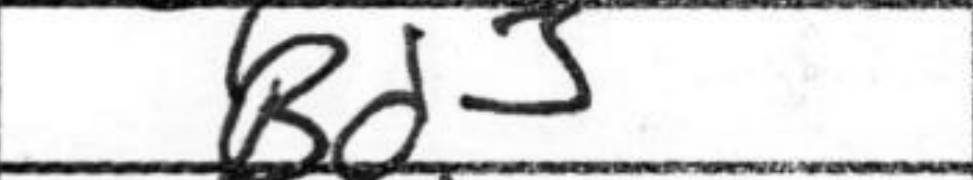
Transcription: Bd3